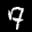
Label: 7